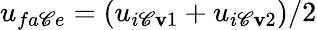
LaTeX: \displaystyle{u_{fa\mathscr{C}e}=(u_{i\mathscr{C}\mathbf{v}1}+u_{i\mathscr{C}\mathbf{v}2}})/2